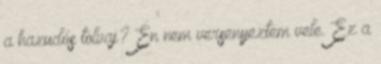
a hazudós tolvaj? Én nem versenyeztem vele. Ez a